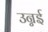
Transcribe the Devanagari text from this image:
उन्नई